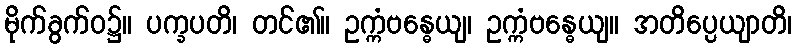
မိုက်ခွက်ဝ၌။ ပက္ခပတိ၊ တင်၏။ ဥက္ကံဗန္ဓေယျ၊ ဥက္ကံဗန္ဓေယျ။ အတိပ္ပေယျာတိ၊